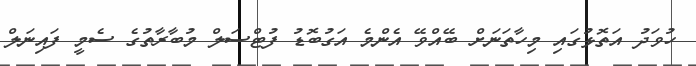
ހުވަދު އަތޮޅުގައި މިހާތަނަށް ބޭއްވޭ އެންމެ އަގުބޮޑު ފުޓްސަލް މުބާރާތުގެ ސެމީ ފައިނަލް